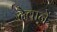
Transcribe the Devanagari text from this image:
दैवानें